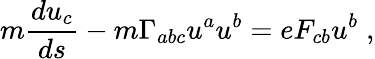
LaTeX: m{\frac{du_{c}}{ds}}-m\Gamma_{abc}u^{a}u^{b}=eF_{cb}u^{b}\; ,